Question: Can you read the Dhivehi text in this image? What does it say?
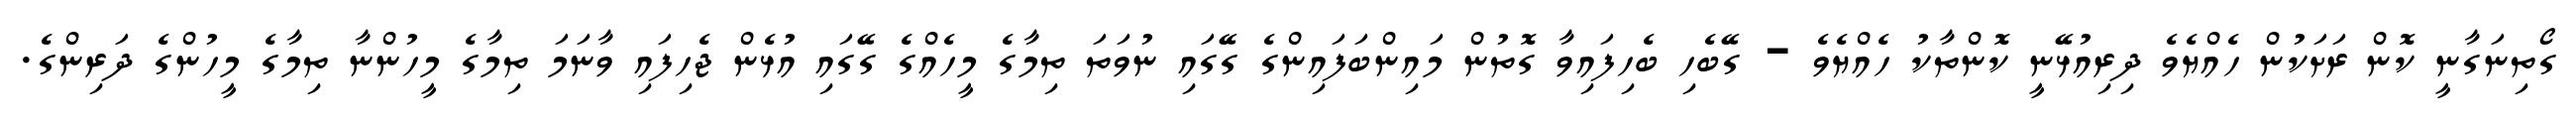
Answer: ގޯތިނަގާނީ ކޮން ރަށަކުން ހެއްޔެވެ ދިރިއުޅޭނީ ކޮންތާކު ހެއްޔެވެ - ގޭބެހި ބެހިފައިވާ ގޮތުން މައިންބަފައިންގެ ގޭގައި ނުވަތަ ތިމާގެ މީހެއްގެ ގޭގައި އުޅެން ޖެހިފައި ވާނަމަ ތިމާގެ މީހުންނާ ތިމާގެ މީހުންގެ ދަރިންގެ.